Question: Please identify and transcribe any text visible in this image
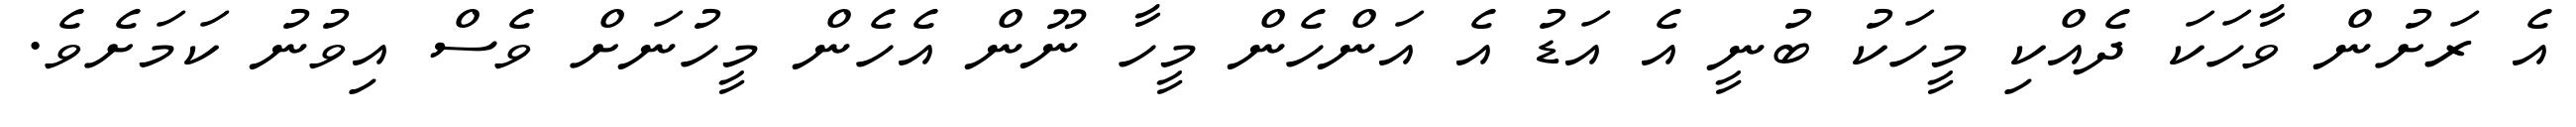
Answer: އެ ރަށުން ވާހަކަ ދެއްކި މީހަކު ބުނީ އެ އަޑު އެ އަންހެން މީހާ ނޫން އެހެން މީހުނަށް ވެސް އިވުނު ކަމަށެވެ.